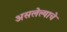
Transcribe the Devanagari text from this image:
असलेल्याचे